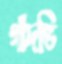
গাঁদভি